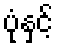
ပုံနှင့်